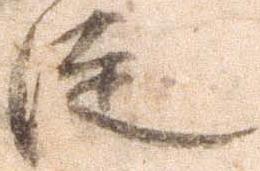
徒